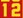
12